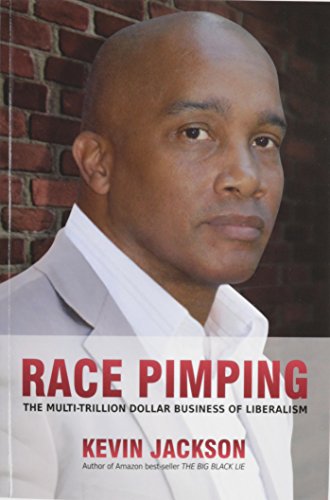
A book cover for Race Pimping: The Multi-Trillion Dollar Business of Liberalism; Kevin Jackson; Humor & Entertainment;